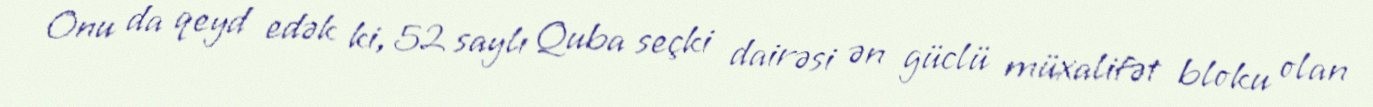
Onu da qeyd edək ki, 52 saylı Quba seçki dairəsi ən güclü müxalifət bloku olan